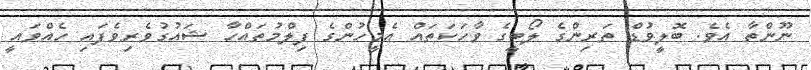
ނޫންތާ އެވެ. ބޮލީވުޑް ތަރިންގެ ލޯބީގެ ވާހަކަތައް އެމީހުންގެ ފިލްމުތައްހާ ޝައުގުވެރިވެފައި ހެއްވައީ